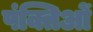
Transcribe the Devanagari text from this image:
पंक्तिओं